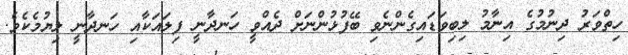
ހިތްވަރު ދިނުމުގެ އިނާމު ލިބިވަޑައިގެންނެވި ބޭފުޅުންނަށް ދެއްވީ ހަނދާނީ ފިލައަކާއި ހަނދާނީ ލިޔުމެކެވެ.